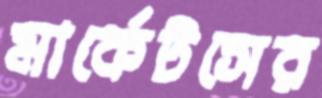
মার্কেটসের